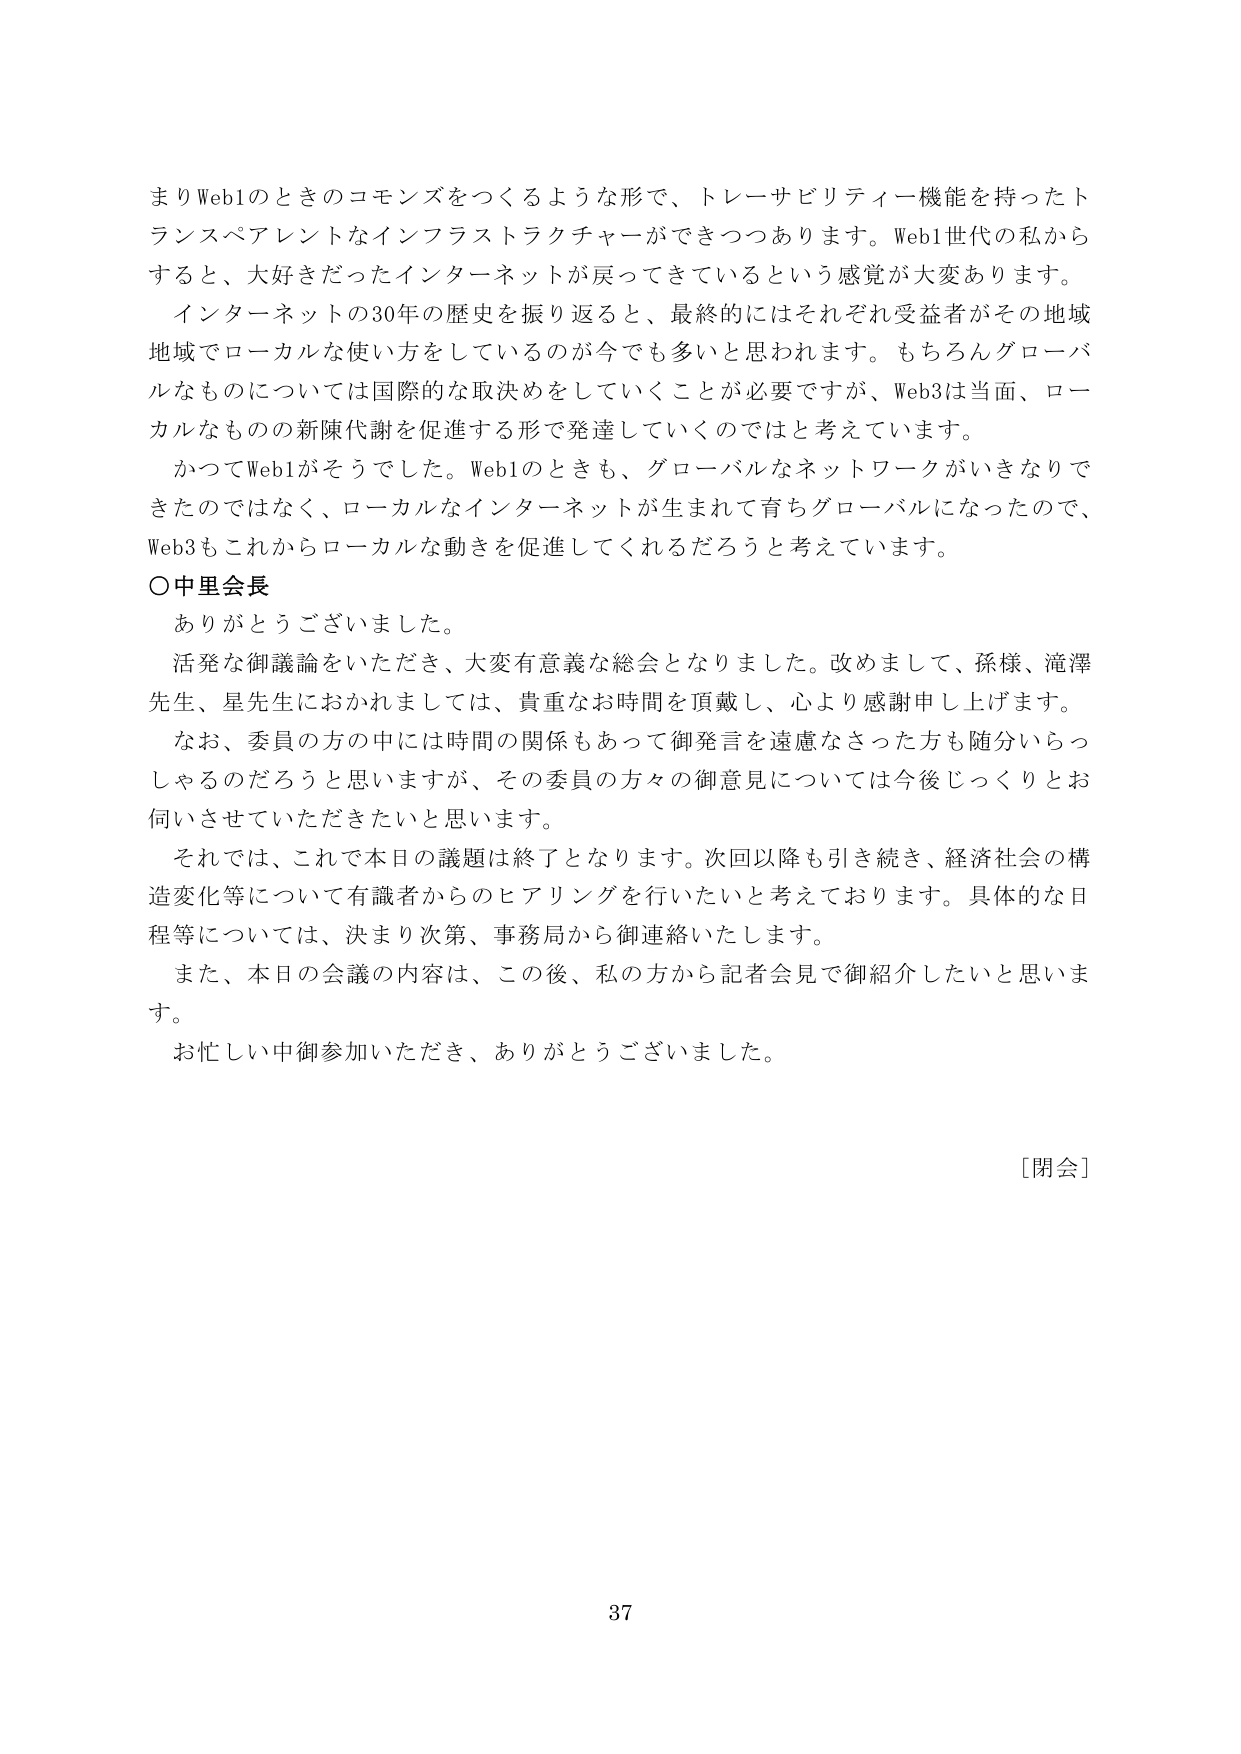
まりWeb1のときのコモンズをつくるような形で、トレーサビリティー機能を持ったトランスペアレントなインフラストラクチャーができつつあります。Web1世代の私からすると、大好きだったインターネットが戻ってきているという感覚が大変あります。

インターネットの30年の歴史を振り返ると、最終的にはそれぞれ受益者がその地域地域でローカルな使い方をしているのが今でも多いと思われます。もちろんグローバルなものについては国際的な取決めをしていくことが必要ですが、Web3は当面、ローカルなもの的新陳代謝を促進する形で発達していくのではと考えています。

かつてWeb1がそうでした。Web1のときも、グローバルなネットワークがいきなりできたのではなく、ローカルなインターネットが生まれて育ちグローバルになったので、Web3もこれからローカルな動きを促進してくれるだろうと考えています。

○中里会長

ありがとうございました。

活発な御議論をいただき、大変有意義な総会となりました。改めまして、孫様、滝澤先生、星先生におかれましては、貴重なお時間を頂戴し、心より感謝申し上げます。

なお、委員の方の中には時間の関係もあって御発言を遠慮なさった方も随分いらっしゃるのだろうと思いますが、その委員の方々の御意見については今後じっくりとお伺いさせていただきたいと思います。

それでは、これで本日の議題は終了となります。次回以降も引き続き、経済社会の構造変化等について有識者からのヒアリングを行いたいと考えております。具体的な日程等については、決まり次第、事務局から御連絡いたします。

また、本日の会議の内容は、この後、私の方から記者会見で御紹介したいと思います。

お忙しい中御参加いただき、ありがとうございました。

[閉会]

37